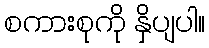
စကားစုကို နှိပျပါ။